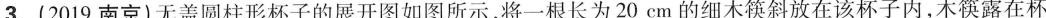
3.(2019南京)无盖圆柱形杯子的展开图如图所示，将一根长为20cm的细木筷斜放在该杯子内，木筷露在杯